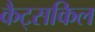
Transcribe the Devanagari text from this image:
कैट्सकिल